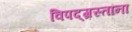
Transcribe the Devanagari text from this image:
विपद्‌ग्रस्तांना